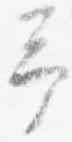
予